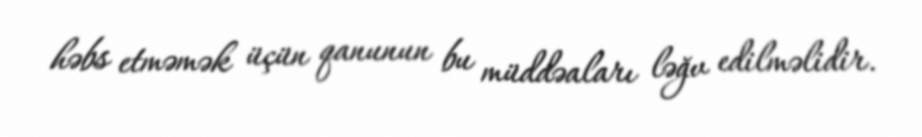
həbs etməmək üçün qanunun bu müddəaları ləğv edilməlidir.